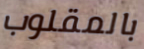
بالمقلوب